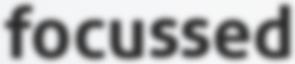
focussed